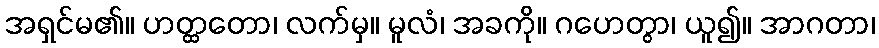
အရှင်မ၏။ ဟတ္ထတော၊ လက်မှ။ မူလံ၊ အခကို။ ဂဟေတွာ၊ ယူ၍။ အာဂတာ၊